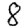
Digit: 8